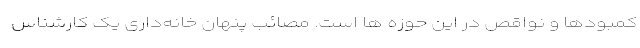
کمبودها و نواقص در این حوزه ها است. مصائب پنهان خانه‌داری یک کارشناس